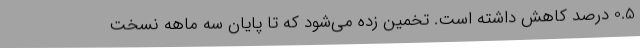
0.5 درصد کاهش داشته است. تخمین زده می‌شود که تا پایان سه ماهه نسخت